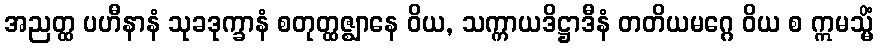
အညတ္ထ ပဟီနာနံ သုခဒုက္ခာနံ စတုတ္ထဇ္ဈာနေ ဝိယ, သက္ကာယဒိဋ္ဌာဒီနံ တတိယမဂ္ဂေ ဝိယ စ ဣမသ္မိံ